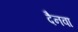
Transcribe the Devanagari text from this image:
दैनवा